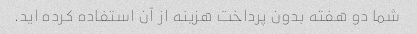
شما دو هفته بدون پرداخت هزینه از آن استفاده کرده اید.